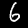
Digit: 6